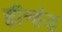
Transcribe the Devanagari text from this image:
हीनांड